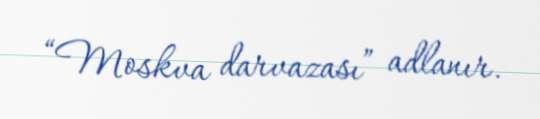
“Moskva darvazası” adlanır.